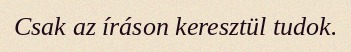
Csak az íráson keresztül tudok.